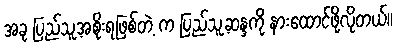
အခု ပြည်သူ့အစိုးရဖြစ်တဲ့ က ပြည်သူ့ဆန္ဒကို နားထောင်ဖို့လိုတယ်။